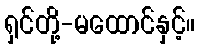
ရှင်တို့-မထောင်နှင့်။